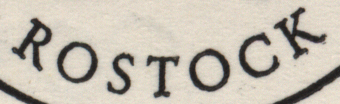
ROSTOCK